Medical and sanitary report of the native army of Bengal for the year
Year: 1876
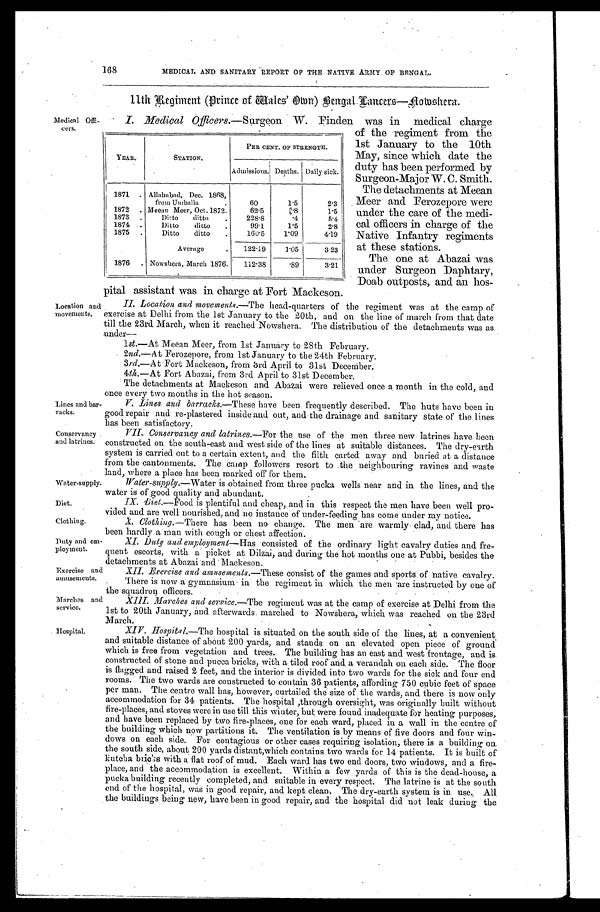
Lines and bar
-racks.
Conservancy
and latrines.
Water-supply.
Diet.
Clothing.
Duty and em
-loyment.
Exercise and
amusements.
Marches and
service.
Hospital.
168
MEDICAL AND SANITARY REPORT OF THE NATIVE ARMY OF BENGAL.
Medical Offi
-cers.
11th Regiment (Prince of Wales' O wn) Bengal Lancers—Nowshera.
I. Medical Officers. —Surgeon W. Finden was in medical charge
YEAR.
STATION.
PEN CENT. OF STRENGTH.
Admissions. Deaths. Daily sick.
1871 Allahabad, Dec. 1868,
from Umballa
60
1.5
2.3
1872 Meean Meer, Oct. 1872.
62.5
1.8
1.5
1873
Ditto ditto
228.8
.4
5.4
1874
Ditto ditto
99.1
1.5
2.8
1875
Ditto ditto
160.5 1.09
4.19
Average
122.19
1.05
3.23
1876
Nowshera, March 1876. 112.38
.89
3.21
of the regiment from the
1st January to the 10th
May, since which date the
duty has been performed by
Surgeon-Major W. C. Smith.
The detachments at Meean
Meer and Ferozepore were
under the care of the medi
-cal officers in charge of the
Native Infantry regiments
at these stations.
The one at Abazai was
under Surgeon Daphtary,
Doab outposts, and an hos-
Location and
movements.
pital assistant was in charge at Fort Mackeson.
II. Location and movements.—The head-quarters of the regiment was at the camp of
exercise at Delhi from the 1st January to the 20th, and on the line of march from that date
till the 23rd March, when it reached Nowshera. The distribution of the detachments was as
under—
lst.—At Meean Meer, from 1st January to 28th February.
2nd.—At Ferozepore, from 1st January to the 24th February.
3rd.—At Fort Mackeson, from 3rd April to 31st December.
4th.—At Fort Abazai, from 3rd April to 31st December.
The detachments at Mackeson and Abazai were relieved once a month in the cold, and
once every two months in the hot season.
V. Lines and barracks. —These have been frequently described. The huts have been in
good repair and re-plastered inside and out, and the drainage and sanitary state of the lines
has been satisfactory.
VII. Conservancy and latrines.—For the use of the men three new latrines have. been
constructed on the south-east and west side of the lines at suitable distances. The dry-earth
system is carried out to a certain extent, and the filth carted away and buried at a distance
from the cantonments. The camp followers resort to the neighbouring ravines and waste
land, Where a place has been marked off for them.
Water-supply. —Water is obtained from three pucka wells near and in the lines, and the
water is of good quality and abundant.
IX. Diet.—Food is plentiful and cheap, and in this respect the men have been well pro
- v i d e d a n d a r e w e l l n o u r i s h e d , a n d n o i n s t a n c e o f u n d e r - f e e d i n g h a s c o m e u n d e r m y n o t i c e .
X. Clothing. —There has been no change. The men are warmly clad, and there has
been hardly a man with cough or chest affection.
XI. Duty and employment —Has consisted of the ordinary light cavalry duties and fre
- q u e n t e s c o r t s , w i t h a p i c k e t a t D i l z a i , a n d d u r i n g t h e h o t m o n t h s o n e a t P u b b i , b e s i d e s t h e
detachments at Abazai and Mackeson.
XII. Exercise and amusements. —These consist of the games and sports of native cavalry.
There is now a gymnasium in the regiment in which the men are instructed by one of
the squadron officers.
XIII. Marches and service. —The regiment was at the camp of exercise at Delhi from the
1st to 20th January, and afterwards marched to Nowshera, which was reached on the 23rd
March.
XIV. Hospital.—The hospital is situated on the south side of the lines, at a convenient
and suitable distance of about 200 yards, and stands on an elevated open piece of ground
which is free from vegetation and trees. The building has an east and west frontage, and is
constructed of stone and pucca bricks, with a tiled roof and a verandah on each side. The floor
is flagged and raised 2 feet, and the interior is divided into two wards for the sick and four end
rooms. The two wards are constructed to contain 36 patients, affording 750 cubic feet of space
per man. The centre wall has, however, curtailed the size of the wards, and there is now only
accommodation for 34 patients. The hospital, through oversight, was originally built without
fire-places, and stoves were in use till this winter, but were found inadequate for heating purposes,
and have been replaced by two fire-places, one for each ward, placed in a wall in the centre of
the building which now partitions it. The ventilation is by means of five doors and four win
-dows on each side. For contagious or other cases requiring isolation, there is a building on
the south side, about 200 yards distant, which contains two wards for 14 patients. It is built of
kutcha bricks with a flat roof of mud. Each ward has two end doors, two windows, and a fire-
place, and the accommodation is excellent. Within a few yards of this is the dead-house, a
pucka building recently completed, and suitable in every respect. The latrine is at the south
end of the hospital, was in good repair, and kept clean. The dry-earth system is in use. All
the buildings being new, have been in good repair, and the hospital did not leak during the